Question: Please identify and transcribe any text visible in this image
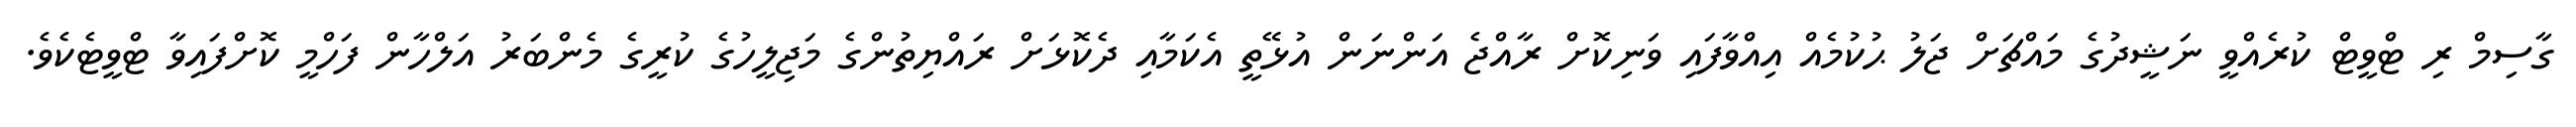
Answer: ގާސިމް ރި ޓްވީޓް ކުރެއްވީ ނަޝީދުގެ މައްޗަށް ޖަލު ޙުކުމެއް އިއްވާފައި ވަނިކޮށް ރާއްޖެ އަންނަން އުޅޭތީ އެކަމާއި ދެކޮޅަށް ރައްޔިތުންގެ މަޖިލީހުގެ ކުރީގެ މެންބަރު އަލްހާން ފަހްމީ ކޮށްފައިވާ ޓްވީޓެކެވެ.